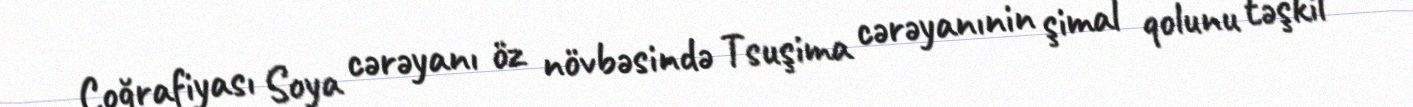
Coğrafiyası Soya cərəyanı öz növbəsində Tsuşima cərəyanınin şimal qolunu təşkil